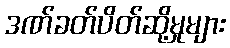
ဒဏ်ခတ်ပိတ်ဆို့မှုများ